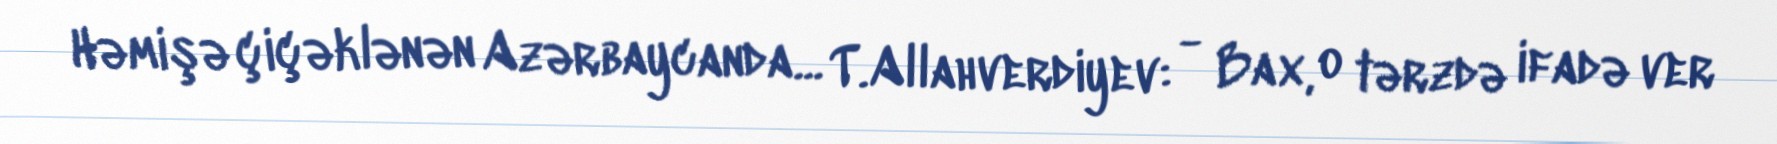
Həmişə çiçəklənən Azərbaycanda... T.Allahverdiyev: - Bax, o tərzdə ifadə ver